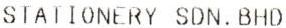
STATIONERY SDN. BHD